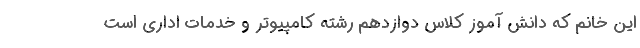
این خانم که دانش آموز کلاس دوازدهم رشته کامپیوتر و خدمات اداری است